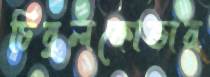
চিবুলকোভার